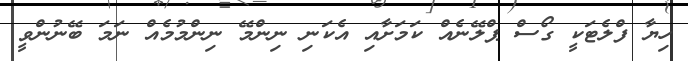
ހިޔާ ފްލެޓަކީ ގޯސް ޕްްލޭނެއް ކަމަށާއި އެކަނި ނިންމޭ ނިންމުމެއް ނަމަ ބޭނުންވީ